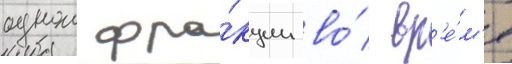
однои фра́кции во́ вр'е́м'я